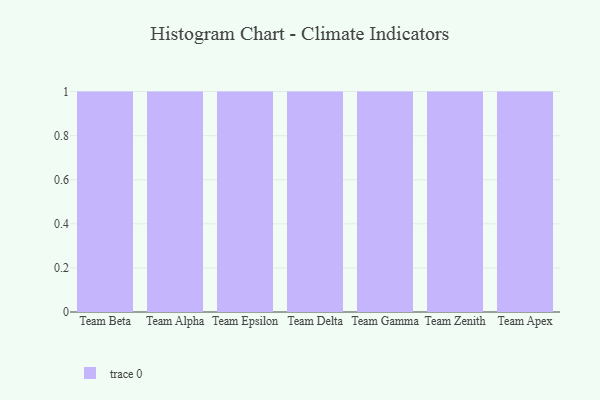
{"axis": {"x": "Team", "y": "Operating Costs (USD K)"}, "legend": [""], "data": [{"x": "Team Beta", "y": 36, "type": ""}, {"x": "Team Alpha", "y": 66, "type": ""}, {"x": "Team Epsilon", "y": 22, "type": ""}, {"x": "Team Delta", "y": 64, "type": ""}, {"x": "Team Gamma", "y": 94, "type": ""}, {"x": "Team Zenith", "y": 4, "type": ""}, {"x": "Team Apex", "y": 44, "type": ""}]}